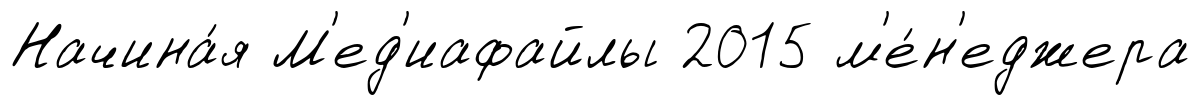
Начина́я М'ед'иафайлы 2015 м'е́н'еджера